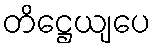
တိဋ္ဌေယျပေ